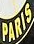
PARIS